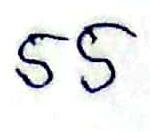
55